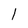
Character: l